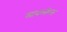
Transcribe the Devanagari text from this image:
सावलीला